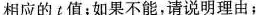
相应的t值；如果不能，请说明理由；